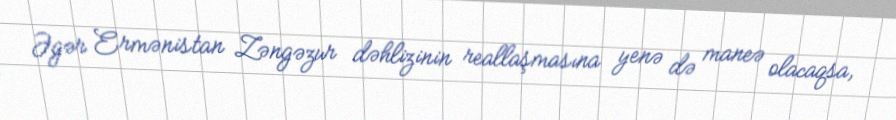
Əgər Ermənistan Zəngəzur dəhlizinin reallaşmasına yenə də maneə olacaqsa,